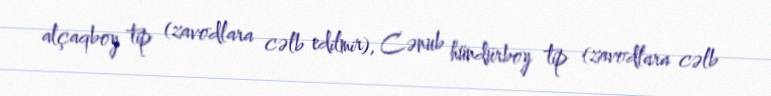
alçaqboy tip (zavodlara cəlb edilmir), Cənub hündürboy tip (zavodlara cəlb